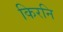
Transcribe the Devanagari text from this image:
किरनि